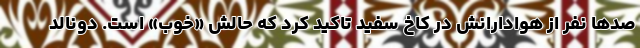
صدها نفر از هوادارانش در کاخ سفید تاکید کرد که حالش «خوب» است. دونالد